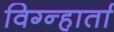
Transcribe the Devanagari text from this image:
विग्न्हार्ता